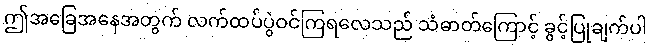
ဤအခြေအနေအတွက် လက်ထပ်ပွဲဝင်ကြရလေသည် သံဓာတ်ကြောင့် ခွင့်ပြုချက်ပါ